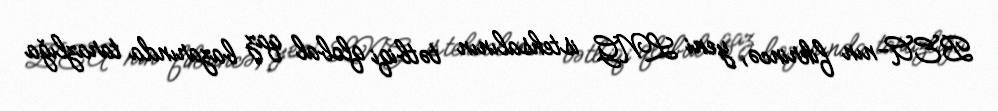
BEA-nın fikrincə, yeni LNG istehsalının tətbiqi qlobal qaz bazarında tarazlığa